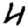
Digit: 4